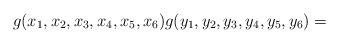
LaTeX: \begin{align*} g(x_1,x_2,x_3,x_4,x_5,x_6) g(y_1,y_2,y_3,y_4,y_5,y_6)= \end{align*}